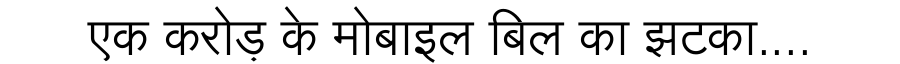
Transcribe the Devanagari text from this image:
एक करोड़ के मोबाइल बिल का झटका....